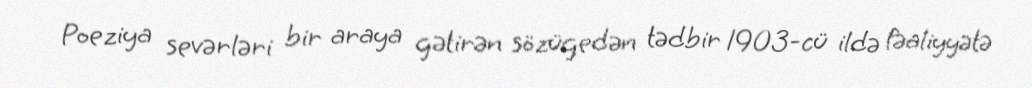
Poeziya sevərləri bir araya gətirən sözügedən tədbir 1903-cü ildə fəaliyyətə